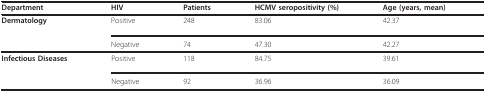
| Department | HIV | Patients | HCMV seropositivity (%) | Age (years, mean) |
 | --- | --- | --- | --- | --- |
 | Dermatology | Positive | 248 | 83.06 | 42.37 |
 |  | Negative | 74 | 47.30 | 42.27 |
 | Infectious Diseases | Positive | 118 | 84.75 | 39.61 |
 |  | Negative | 92 | 36.96 | 36.09 |